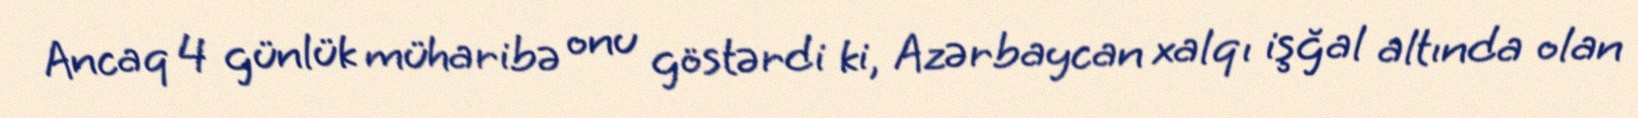
Ancaq 4 günlük müharibə onu göstərdi ki, Azərbaycan xalqı işğal altında olan